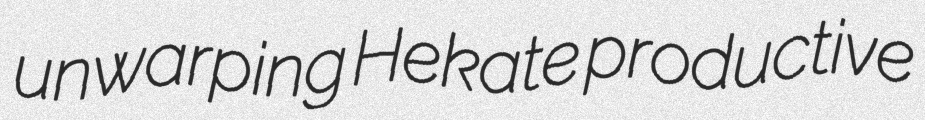
unwarping Hekate productive